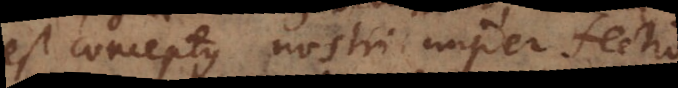
est conceptus nostri imperfectio.